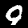
Digit: 9